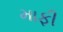
માફી